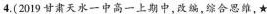
4.(2019甘肃天水一中高一上期中，改编，综合思维，★